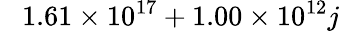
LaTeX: \phantom{-}1.61\times 10^{17}+1.00\times 10^{12}j